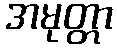
အမုတ္တာ